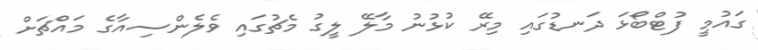
ގައުމީ ފުޓްބޯޅަ ދަނޑުގައި މިރޭ ކުޅުނު މާލޭ ލީގު މެޗުގައި ވެލެންސިއާގެ މައްޗަށް